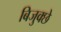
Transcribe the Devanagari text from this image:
बिजुक्छे